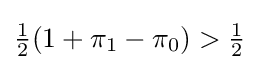
{\tfrac {1}{2}}(1+\pi _{1}-\pi _{0})>{\tfrac {1}{2}}